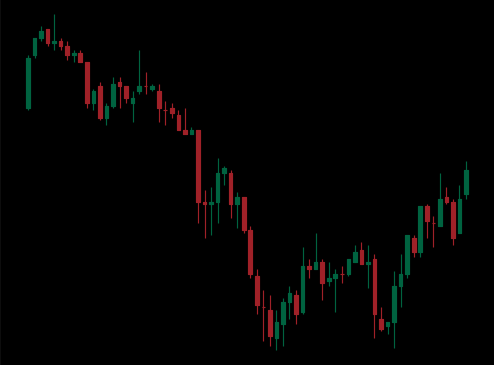
Pattern: bull_flag